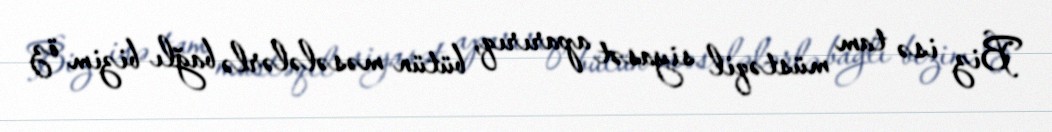
Biz isə tam müstəqil siyasət aparırıq, bütün məsələlərlə bağlı bizim öz